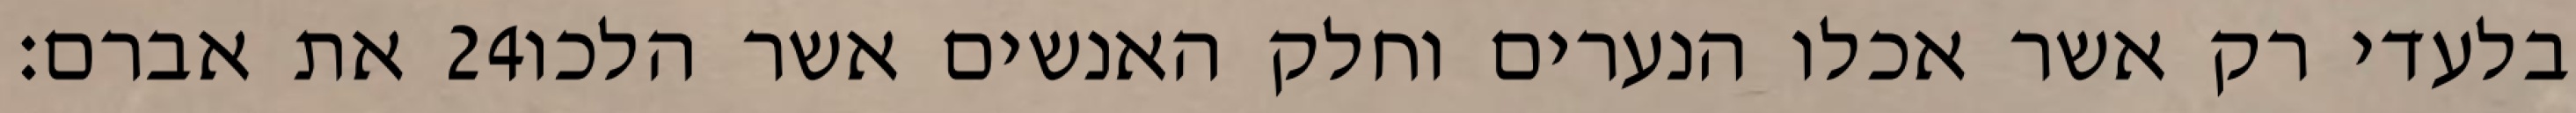
את אברם׃ ‎24‏ בלעדי רק אשר אכלו הנערים וחלק האנשים אשר הלכו